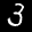
Label: 3